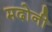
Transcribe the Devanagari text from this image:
मदोनी